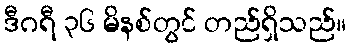
ဒီဂရီ ၃၆ မိနစ်တွင် တည်ရှိသည်။